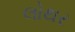
લોથર